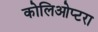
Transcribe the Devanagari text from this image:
कोलिओप्टरा